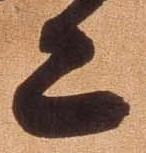
亦